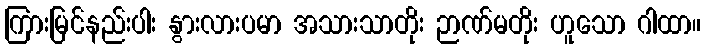
ကြားမြင်နည်းပါး နွားလားပမာ အသားသာတိုး ဉာဏ်မတိုး ဟူသော ဂါထာ။